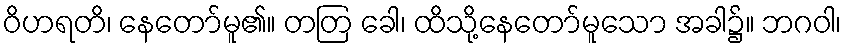
ဝိဟရတိ၊ နေတော်မူ၏။ တတြ ခေါ၊ ထိသို့နေတော်မူသော အခါ၌။ ဘဂဝါ၊